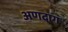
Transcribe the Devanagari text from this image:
अणदाग